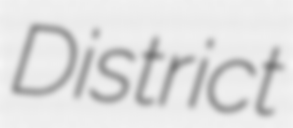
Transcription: District